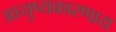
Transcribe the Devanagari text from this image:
आयुष्यकारणाय